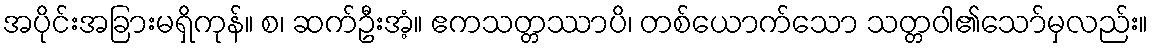
အပိုင်းအခြားမရှိကုန်။ စ၊ ဆက်ဦးအံ့။ ဧကသတ္တဿာပိ၊ တစ်ယောက်သော သတ္တဝါ၏သော်မှလည်း။